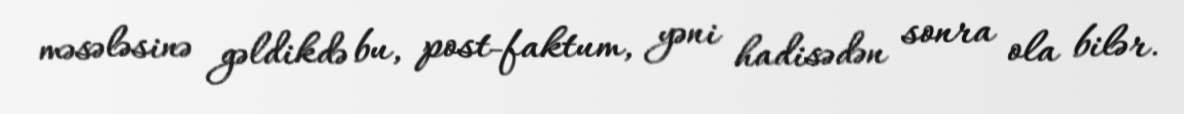
məsələsinə gəldikdə bu, post-faktum, yəni hadisədən sonra ola bilər.